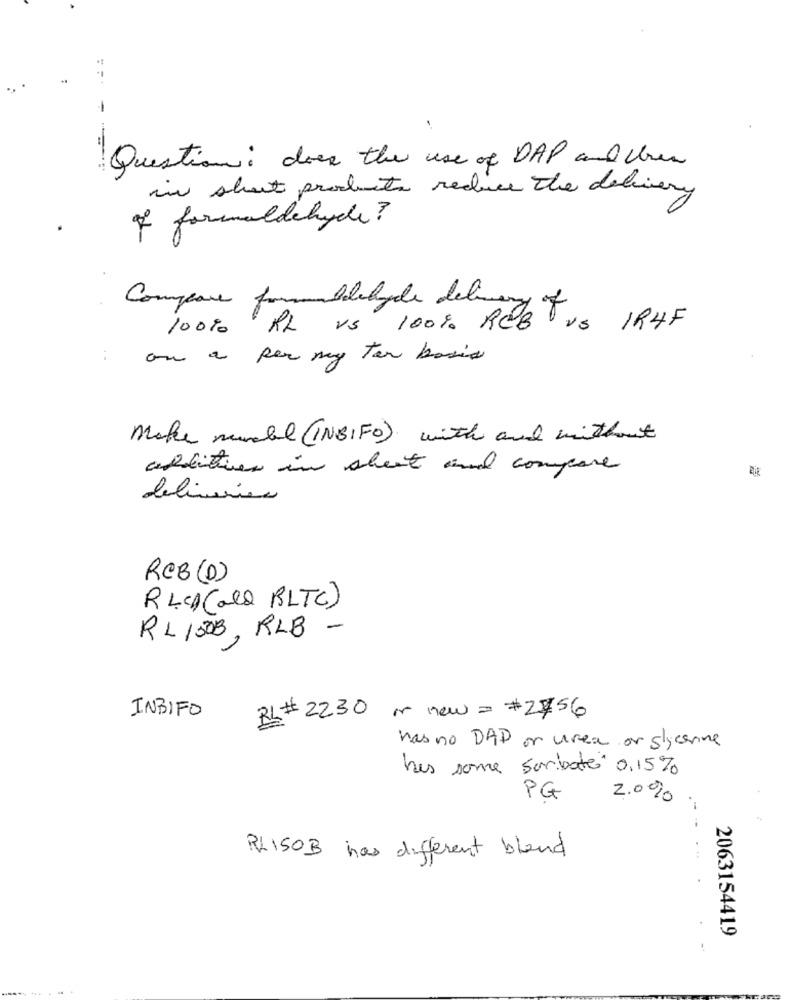
- ---
Question : does the use of DAP and Usea
in short products reduce the delivery
of formaldehyde ?
Compare formaldehyde delive
100%
RL vs 100% REB us IRHF
on a per my ter basis
Make munde (INBIFO) with and without
additives in sheet and compare
deliveries
RCB (D)
R LCD (all BLTC)
RL 150B, RLB -
INBIFO
RL# 2230 or new= #2756
has no DAD or urea or glycerine
has some sorbate 0,15%
PG
2.0%
RL 150B has different bland
2063154419